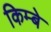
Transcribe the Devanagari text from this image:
किम्बे